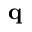
\mathbf { q }